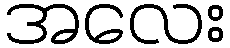
အလေး